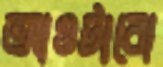
আওটাবো